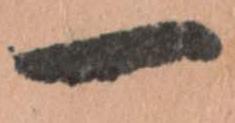
一